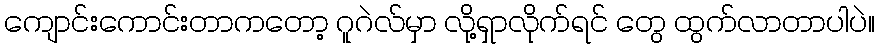
ကျောင်းကောင်းတာကတော့ ဂူဂဲလ်မှာ လို့ရှာလိုက်ရင် တွေ ထွက်လာတာပါပဲ။